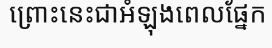
ព្រោះនេះជាអំឡុងពេលផ្នែក